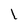
Character: I